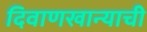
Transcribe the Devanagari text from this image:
दिवाणखान्याची